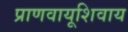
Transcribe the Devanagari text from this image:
प्राणवायूशिवाय